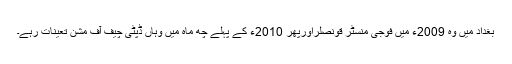
بغداد میں وہ 2009ء میں فوجی منسٹر قونصلراورپھر 2010ء کے پہلے چھ ماہ میں وہاں ڈپٹی چیف آف مشن تعینات رہے۔